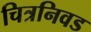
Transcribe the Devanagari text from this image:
चित्रनिवड